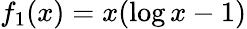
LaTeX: f_{1}(x)=x(\log x-1)